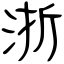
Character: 浙